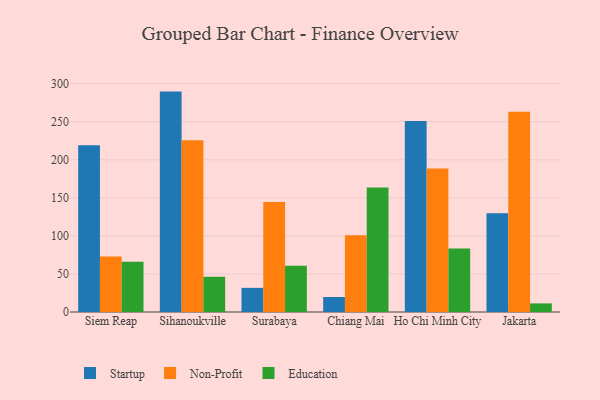
{"axis": {"x": "City", "y": "LTV (USD)"}, "legend": ["Education", "Non-Profit", "Startup"], "data": [{"x": "Siem Reap", "y": 219.2, "type": "Startup"}, {"x": "Siem Reap", "y": 72.8, "type": "Non-Profit"}, {"x": "Siem Reap", "y": 65.9, "type": "Education"}, {"x": "Sihanoukville", "y": 289.6, "type": "Startup"}, {"x": "Sihanoukville", "y": 225.8, "type": "Non-Profit"}, {"x": "Sihanoukville", "y": 46.3, "type": "Education"}, {"x": "Surabaya", "y": 31.7, "type": "Startup"}, {"x": "Surabaya", "y": 144.6, "type": "Non-Profit"}, {"x": "Surabaya", "y": 60.7, "type": "Education"}, {"x": "Chiang Mai", "y": 19.7, "type": "Startup"}, {"x": "Chiang Mai", "y": 100.8, "type": "Non-Profit"}, {"x": "Chiang Mai", "y": 163.7, "type": "Education"}, {"x": "Ho Chi Minh City", "y": 251.1, "type": "Startup"}, {"x": "Ho Chi Minh City", "y": 188.6, "type": "Non-Profit"}, {"x": "Ho Chi Minh City", "y": 83.4, "type": "Education"}, {"x": "Jakarta", "y": 129.9, "type": "Startup"}, {"x": "Jakarta", "y": 263.1, "type": "Non-Profit"}, {"x": "Jakarta", "y": 11.3, "type": "Education"}]}